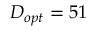
D _ { o p t } = 5 1